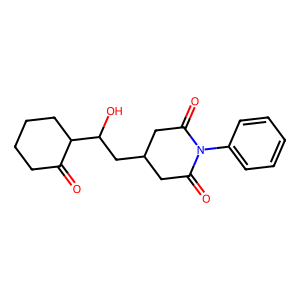
SMILES: O=C1CCCCC1C(O)CC1CC(=O)N(c2ccccc2)C(=O)C1
Inhibits HIV replication: No